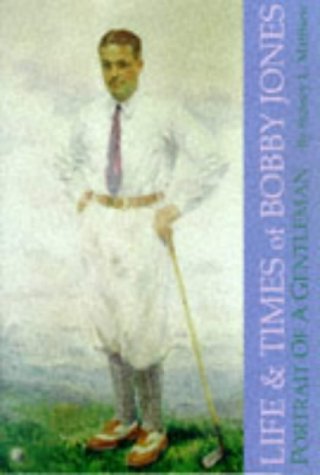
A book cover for Life and Times of Bobby Jones; Sidney L. Matthew; Romance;